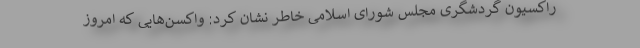
راکسیون گردشگری مجلس شورای اسلامی خاطر نشان کرد: واکسن‌هایی که امروز